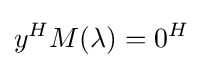
y^{H}M(\lambda )=0^{H}